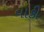
વાકી